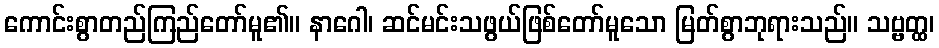
ကောင်းစွာတည်ကြည်တော်မူ၏။ နာဂေါ၊ ဆင်မင်းသဖွယ်ဖြစ်တော်မူသော မြတ်စွာဘုရားသည်။ သဗ္ဗတ္ထ၊